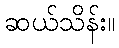
ဆယ်သိန်း။